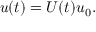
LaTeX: u ( t ) = U ( t ) u _ { 0 } .